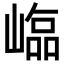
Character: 𡻵